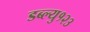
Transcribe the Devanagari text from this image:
डब्ल्यु१२३